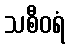
သစီဝရံ